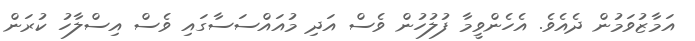
އަމާޒުވަމުން ދެއެވެ. އެހެންވީމާ ފުލުހުން ވެސް އަދި މުއައްސަސާގައި ވެސް އިސްލާހު ކުރަން